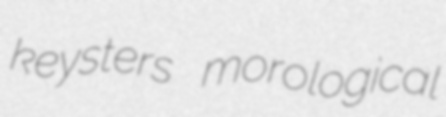
keysters morological